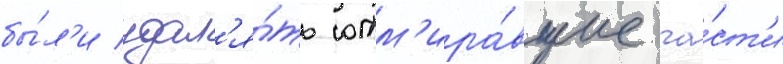
бы́л'и удал'я́ть отм'ира́вшие ча́ст'и